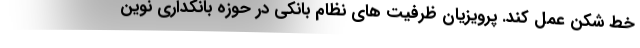
خط شکن عمل کند. پرویزیان ظرفیت های نظام بانکی در حوزه بانکداری نوین